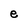
Character: e